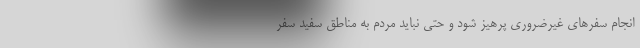
انجام سفرهای غیرضروری پرهیز شود و حتی نباید مردم به مناطق سفید سفر